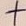
Text: +